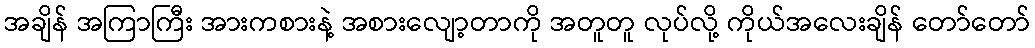
အချိန် အကြာကြီး အားကစားနဲ့ အစားလျော့တာကို အတူတူ လုပ်လို့ ကိုယ်အလေးချိန် တော်တော်